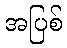
အပြစ်